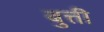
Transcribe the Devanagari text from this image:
बुत्ती